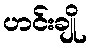
ဟင်းချို